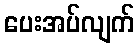
ပေးအပ်လျက်